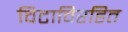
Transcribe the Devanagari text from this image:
विटाविरहित